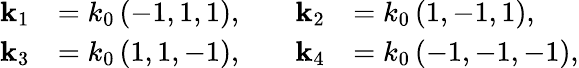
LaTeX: \begin{array}{rl}{\mathbf{k}_{1}}&{=k_{0}\left(-1,1,1\right),}\\ {\mathbf{k}_{3}}&{=k_{0}\left(1,1,-1\right),}\end{array}\qquad\begin{array}{rl}{\mathbf{k}_{2}}&{=k_{0}\left(1,-1,1\right),}\\ {\mathbf{k}_{4}}&{=k_{0}\left(-1,-1,-1\right),}\end{array}